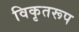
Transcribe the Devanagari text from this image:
विकृतरूप